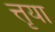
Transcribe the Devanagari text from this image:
त्तृया